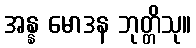
အန္န မောဒန ဘုတ္တိသု။